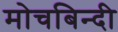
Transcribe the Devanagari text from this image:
मोचबिन्दी